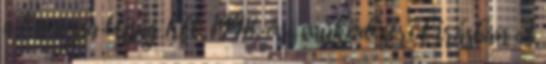
a Kanizsa Újság Kft. 1998. évi működéséről írásban A